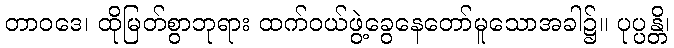
တာဝဒေ၊ ထိုမြတ်စွာဘုရား ထက်ဝယ်ဖွဲ့ခွေနေတော်မူသောအခါ၌။ ပုပ္ပန္တိ၊